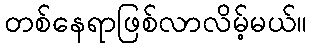
တစ်နေရာဖြစ်လာလိမ့်မယ်။